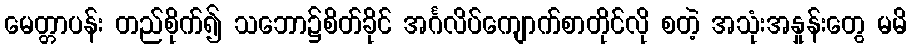
မေတ္တာပန်း တည်စိုက်၍ သဘော၌စိတ်ခိုင် အင်္ဂလိပ်ကျောက်စာတိုင်လို စတဲ့ အသုံးအနှုန်းတွေ မမိ